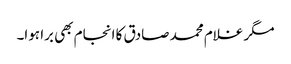
مگر غلام محمد صادق کا انجام بھی برا ہوا۔